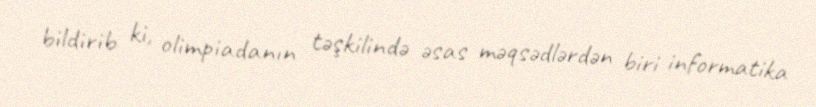
bildirib ki, olimpiadanın təşkilində əsas məqsədlərdən biri informatika